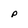
Character: P